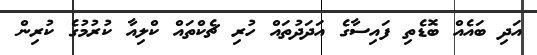
އަދި ބައެއް ބޮޑެތި ފައިސާގެ އަދަދުތައް ހުރި ޗެކްތައް ކްލިއާ ކުރުމުގެ ކުރިން